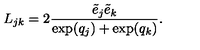
L _ { j k } = 2 \frac { \tilde { e } _ { j } \tilde { e } _ { k } } { \exp ( q _ { j } ) + \exp ( q _ { k } ) } .